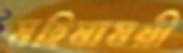
মহিমাময়ী